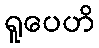
ရူပေဟိ